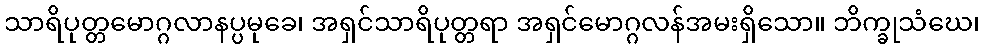
သာရိပုတ္တမောဂ္ဂလာနပ္ပမုခေ၊ အရှင်သာရိပုတ္တရာ အရှင်မောဂ္ဂလန်အမးရှိသော။ ဘိက္ခုသံဃေ၊